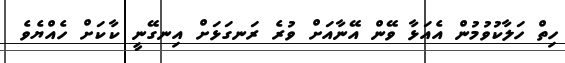
ހިތް ހަލާކުވުމުން އެއަޅާ ވޭން އޭނާއަށް ވުރެ ރަނގަޅަށް އިނގޭނީ ކާކަށް ހެއްޔެވެ